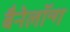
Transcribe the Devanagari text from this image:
बैनेलॉन्ग